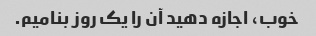
خوب، اجازه دهید آن را یک روز بنامیم.